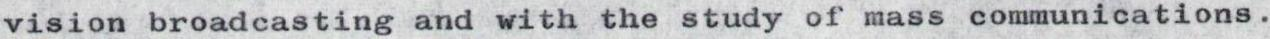
vision broadcasting and with the study of mass communications.